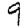
Digit: 9